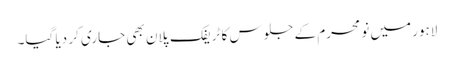
لاہور میں نو محرم کے جلوس کا ٹریفک پلان بھی جاری کر دیا گیا۔